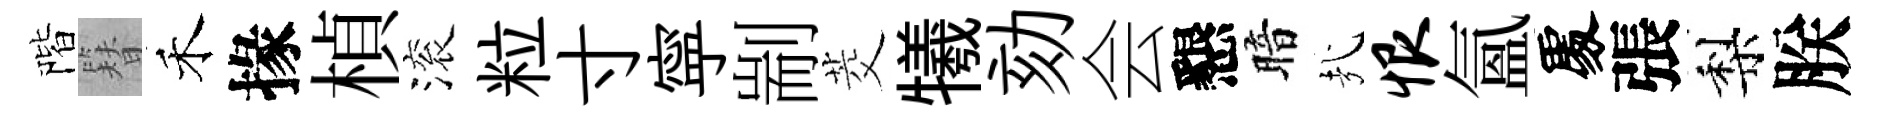
階簪禾掾楨滚粒寸寜剬茭犧劾会懇暗㢤恨氲𠁅張梨朕